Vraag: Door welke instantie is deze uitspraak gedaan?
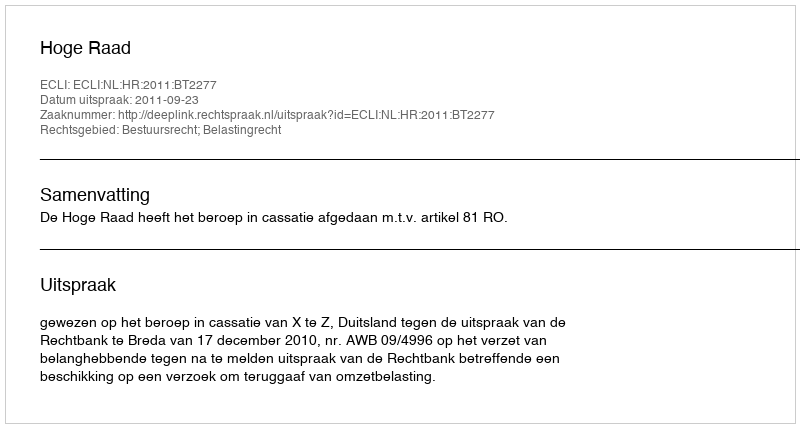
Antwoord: Hoge Raad